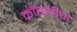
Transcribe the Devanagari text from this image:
क्रॉसपीस